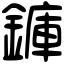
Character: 龲